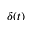
\delta ( t )